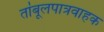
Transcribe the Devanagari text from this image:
तांबूलपात्रवाहक